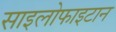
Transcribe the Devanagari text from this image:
साइलोफाइटान